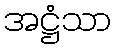
အဋ္ဌံသာ